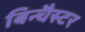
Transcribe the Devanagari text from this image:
बिन्चैस्टर